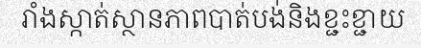
រាំងស្កាត់ស្ថានភាពបាត់បង់និងខ្ជះខ្ជាយ